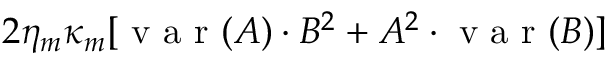
\begin{array} { r l } { ~ } & { { } 2 \eta _ { m } \kappa _ { m } [ \mathrm { ~ v ~ a ~ r ~ } ( A ) \cdot B ^ { 2 } + A ^ { 2 } \cdot \mathrm { ~ v ~ a ~ r ~ } ( B ) ] } \end{array}